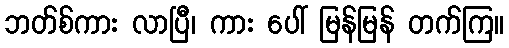
ဘတ်စ်ကား လာပြီ၊ ကား ပေါ် မြန်မြန် တက်ကြ။